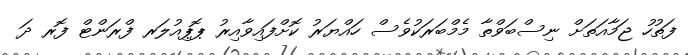
ފަތުހު ޖަމާއަތަށް ނިސްބަވްތާ މެމްބަރަކުވެސް ހައްޔަރު ކޮށްފައިވާއިރު ޕޮޕިއުލަރ ފްރަންޓް ފޮރ ދަ